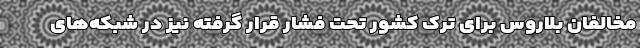
مخالفان بلاروس برای ترک کشور تحت فشار قرار گرفته نیز در شبکه‌های